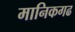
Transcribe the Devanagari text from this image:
मानिकगढ